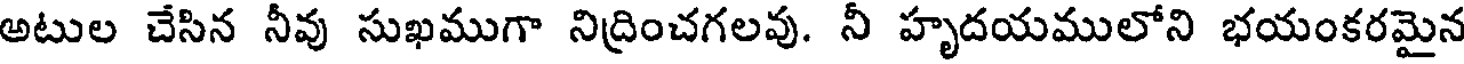
అటుల చేసిన నీవు సుఖముగా నిద్రించగలవు. నీ హృదయములోని భయంకరమైన